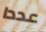
عددا